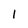
Character: 1